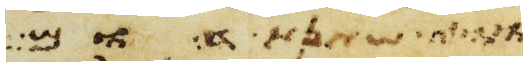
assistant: מאות שנה וגם